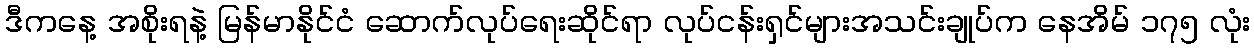
ဒီကနေ့ အစိုးရနဲ့ မြန်မာနိုင်ငံ ဆောက်လုပ်ရေးဆိုင်ရာ လုပ်ငန်းရှင်များအသင်းချုပ်က နေအိမ် ၁၇၅ လုံး